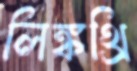
লিঙ্কথ্রি